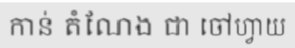
កាន់ តំណែង ជា ចៅហ្វាយ